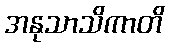
အနုသာသိကာတိ